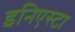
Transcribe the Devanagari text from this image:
इनिएस्टा